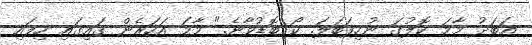
އަބަދު މާމަ ކޮލުގަ ނުހިފަބަލަ. ކޯ ބޮޑުވާނެ." މާމަ އަހަރެން ގައިގައި ހިފައި